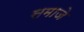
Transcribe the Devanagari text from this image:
समाजे